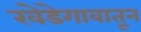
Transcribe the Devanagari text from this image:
खेडेगावातून